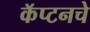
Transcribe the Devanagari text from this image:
कॅप्टनचे